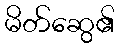
မိတ်ဆွေ၏